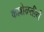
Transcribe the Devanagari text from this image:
कल्लोळतीर्थ